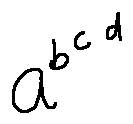
a ^ { b ^ { c ^ { d } } }